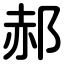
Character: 郝